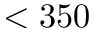
< 3 5 0